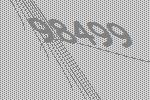
98499